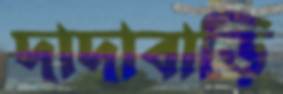
দাদাবাড়ি